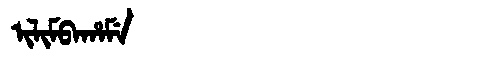
Manchu: ᡳᠯᡳᠮᠪᠠᡥᠠᠮᡝ
Romanization: ILIMBAHAME